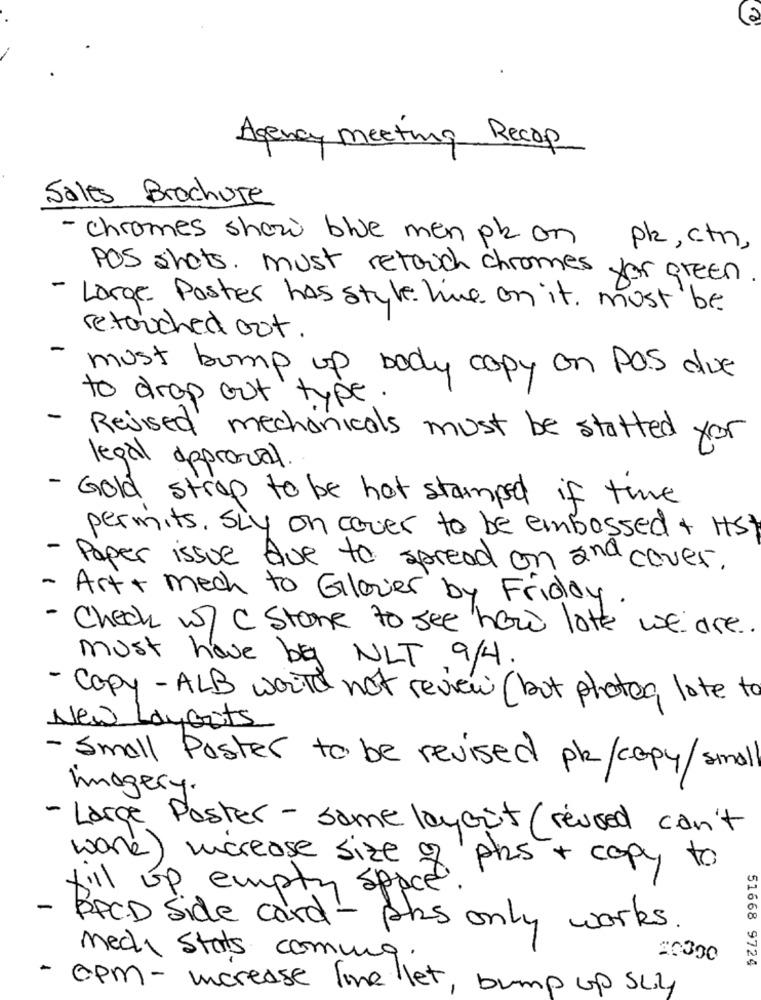
Agency meeting Recap
Sales Brochure
- chromes show ble men pk on
pz , ctn,
POS shots. must retouch chromes for green
- Large. Paster has style hve on it must be
retouched out.
-
must bump up body copy on Pas due
to drop out type .
Revised mechanicals must be stated for
legal approval.
- Gold strop to be hot stamped if time
permits. SLY on cover to be embossed + ist
- Paper issue due to spread on and cover.
- Art + mech to Glover by Friday.
Check wy c stone to see how lott we are .
must have by NLT 9/4.
- Copy - ALB would not review ( but photos, lote to
New Layouts
- Small Poster to be revised pk/copy/smal
imagery.
- Large Poster - same layout (reused can't
work ) increase size of plus + copy to
- D' up empty space".
PC.D Side card - phs only works .
Medhi Stats coming.
20330
51668 9724
- cpm - increase line let, bump up Sly